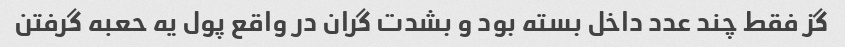
گز فقط چند عدد داخل بسته بود و بشدت گران در واقع پول یه حعبه گرفتن